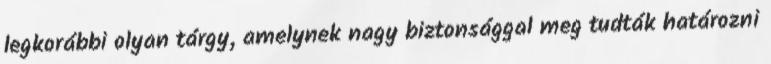
legkorábbi olyan tárgy, amelynek nagy biztonsággal meg tudták határozni